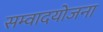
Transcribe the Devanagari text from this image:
सम्वादयोजना